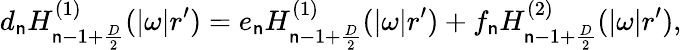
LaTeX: d_{\mathsf{n}}H_{\mathsf{n}-1+{\frac{{D}}{{2}}}}^{(1)}(|\omega|r^{\prime})=e_{\mathsf{n}}H_{\mathsf{n}-1+{\frac{{D}}{{2}}}}^{(1)}(|\omega|r^{\prime})+f_{\mathsf{n}}H_{\mathsf{n}-1+{\frac{{D}}{{2}}}}^{(2)}(|\omega|r^{\prime}),